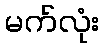
မက်လုံး